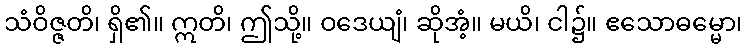
သံဝိဇ္ဇတိ၊ ရှိ၏။ ဣတိ၊ ဤသို့။ ဝဒေယျံ၊ ဆိုအံ့။ မယိ၊ ငါ၌။ ဧသောဓမ္မော၊